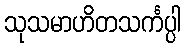
သုသမာဟိတသင်္ကပ္ပါ